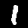
Digit: 1